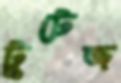
টুটেজ